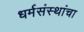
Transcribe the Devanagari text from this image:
धर्मसंस्थांचा